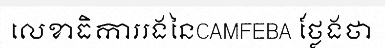
លេខាធិការរងនៃCAMFEBA ថ្លែងថា